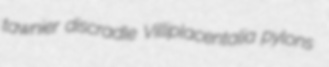
tawnier discradle Villiplacentalia pylons